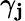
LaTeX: \gamma_{\mathbf{j}}